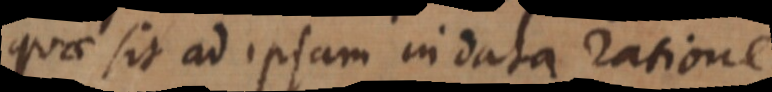
quae sit ad ipsam in data ratione.